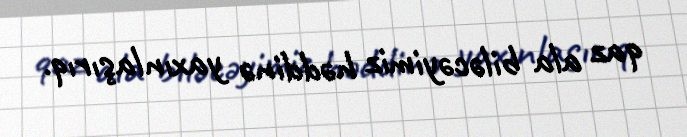
qaz ala biləcəyimiz həddinə yaxınlaşırıq.